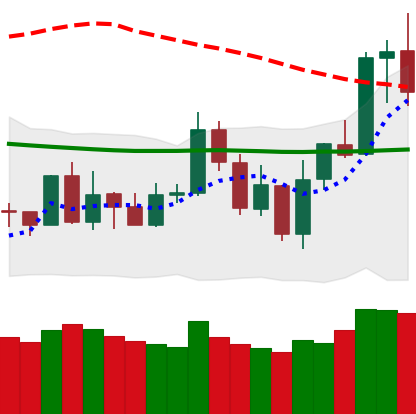
Ticker: NEO-USD
Chart end date: 2020-01-08
Forward return: 5.626%
Label: up_5_7